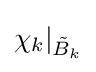
\chi _{k}|_{{\tilde {B}}_{k}}